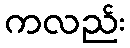
ကလည်း